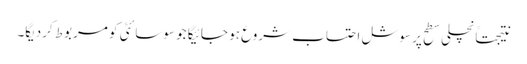
نتیجتاًنچلی سطح پر سوشل احتساب شروع ہو جائیگا جو سوسائٹی کو مربوط کردیگا۔